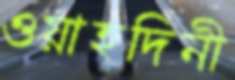
ওয়াহদিনী